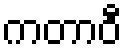
ကတာဝီ